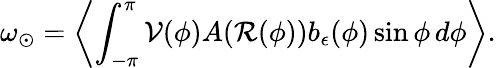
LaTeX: \omega_{\odot}=\left\langle\int_{-\pi}^{\pi}\mathcal{V}(\phi)A(\mathcal{R}(\phi))b_{\epsilon}(\phi)\sin\phi\, d\phi\right\rangle.